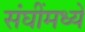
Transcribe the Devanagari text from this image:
संघींमध्ये